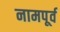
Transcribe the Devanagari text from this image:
नामपूर्व